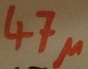
Text: 47µ